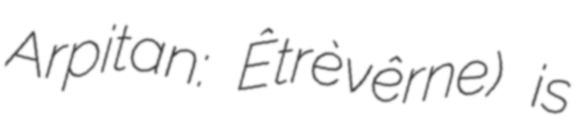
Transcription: Arpitan: Êtrèvêrne) is